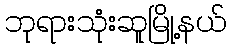
ဘုရားသုံးဆူမြို့နယ်